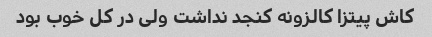
کاش پیتزا کالزونه کنجد نداشت ولی در کل خوب بود